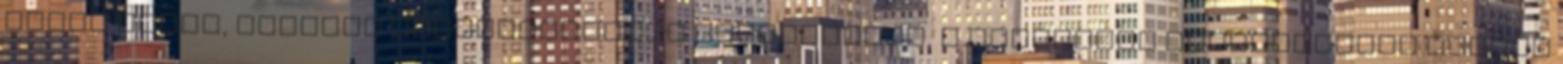
short track, illetve gyorskorcsolya versenyekre, a jégkorong mérkőzésekre sajnos